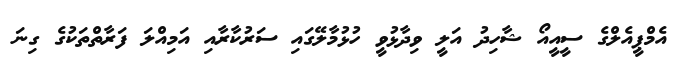
އެމްޕީއެލްގެ ސީއީއޯ ޝާހިދު އަލީ ވިދާޅުވީ ހުޅުމާލޭގައި ސަރުކާރާއި އަމިއްލަ ފަރާތްތަކުގެ ގިނަ